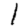
Digit: 1